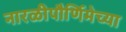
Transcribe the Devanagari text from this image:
नारळीपौर्णिमेच्या